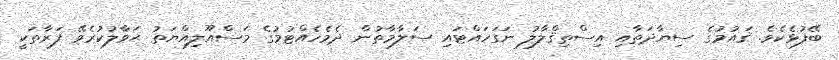
ބޭފުޅެކެވެ. ޤައުމުގެ ސިޔާދަތާއި އިސްތިޤްލާލު ނަގަހައްޓައި ސަލާމާތުން ދެމެހެއްޓުމުގެ މަސްއޫލިއްޔަތު ޙަވާލުކުރެވޭ ފަރާތަކީ